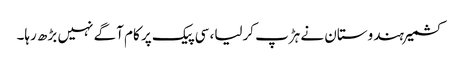
کشمیر ہندوستان نے ہڑپ کرلیا، سی پیک پر کام آگے نہیں بڑھ رہا۔